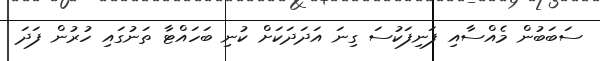
ސަބަބުން މެއްސާއި ފަނިފަކުސަ ގިނަ އަދަދަކަށް ކުނި ބަހައްޓާ ތަނުގައި ހުރުން ފަދަ